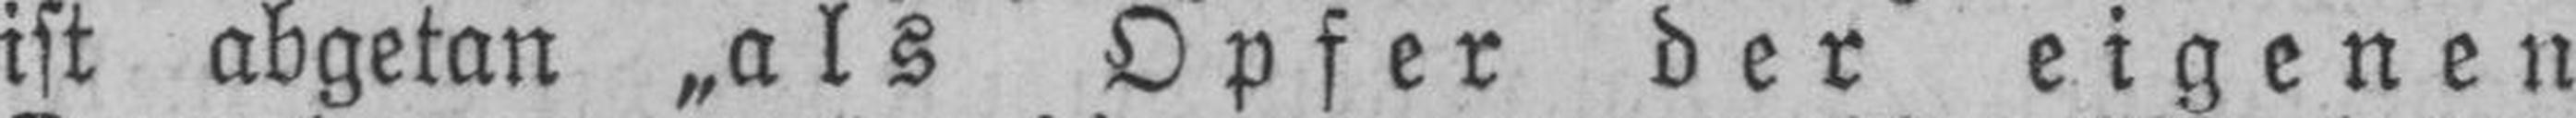
ist abgetan „als Opfer der eigenen